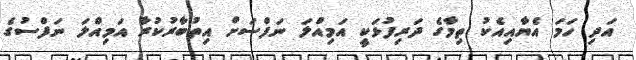
އަދި ހަމަ އެޔާއިއެކު ތިމާގެ ދަރިފުޅަކީ އަމިއްލަ ނަފްސަށް އިތުބާރުކުރާ އަމިއްލަ ނަފްސުގެ